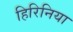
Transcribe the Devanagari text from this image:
हिरिनिया